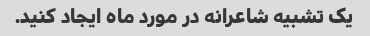
یک تشبیه شاعرانه در مورد ماه ایجاد کنید.